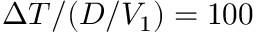
\Delta T / ( D / V _ { 1 } ) = 1 0 0